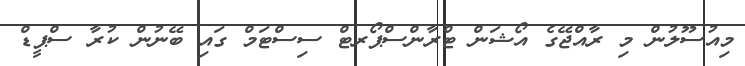
މިއުސޫލުން މި ރާއްޖޭގެ އޯޝަން ޓްރާންސްޕޯރޓް ސިސްޓަމް ގައި ބޭނުން ކުރާ ސްޕީޑް